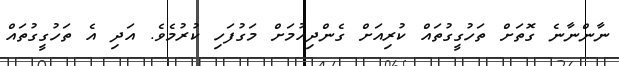
ނާންނާނެ ގޮތަށް ތަހުގީގުތައް ކުރިއަށް ގެންދިއުމަށް މަގުފަހި ކުރުމެވެ. އަދި އެ ތަހުގީގުތައް